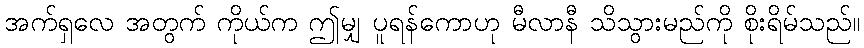
အက်ရှလေ အတွက် ကိုယ်က ဤမျှ ပူရန်ကောဟု မီလာနီ သိသွားမည်ကို စိုးရိမ်သည်။